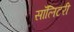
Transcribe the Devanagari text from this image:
सॉलिटरी